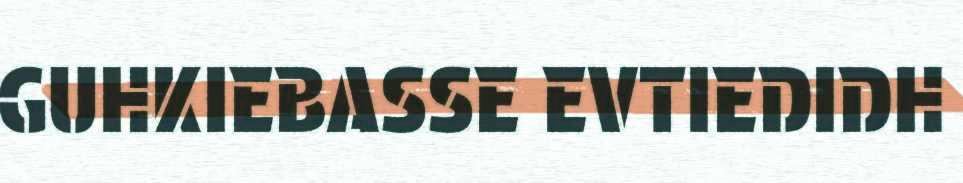
GUHKIEBASSE EVTIEDIDH